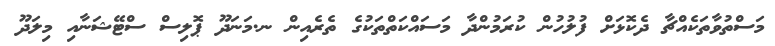
މަސްތުވާތަކެއްޗާ ދެކޮޅަށް ފުލުހުން ކުރަމުންދާ މަސައްކަތްތަކުގެ ތެރެއިން ނ.މަނަދޫ ޕޮލިސް ސްޓޭޝަނާއި މިލަދޫ